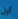
أين